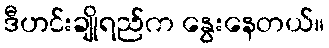
ဒီဟင်းချိုရည်က နွေးနေတယ်။